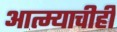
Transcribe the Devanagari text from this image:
आत्म्याचीही